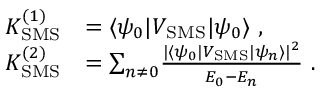
\begin{array} { r l } { K _ { \mathrm { S M S } } ^ { ( 1 ) } } & { = \langle \psi _ { 0 } | V _ { \mathrm { S M S } } | \psi _ { 0 } \rangle \ , } \\ { K _ { \mathrm { S M S } } ^ { ( 2 ) } } & { = { \sum _ { n \neq 0 } } \frac { | \langle \psi _ { 0 } | V _ { \mathrm { S M S } } | \psi _ { n } \rangle | ^ { 2 } } { E _ { 0 } - E _ { n } } \ . } \end{array}